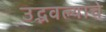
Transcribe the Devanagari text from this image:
उद्भवल्याचे